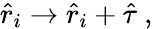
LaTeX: \hat{r}_{i}\to\hat{r}_{i}+\hat{\tau}\mathrm{~,~}